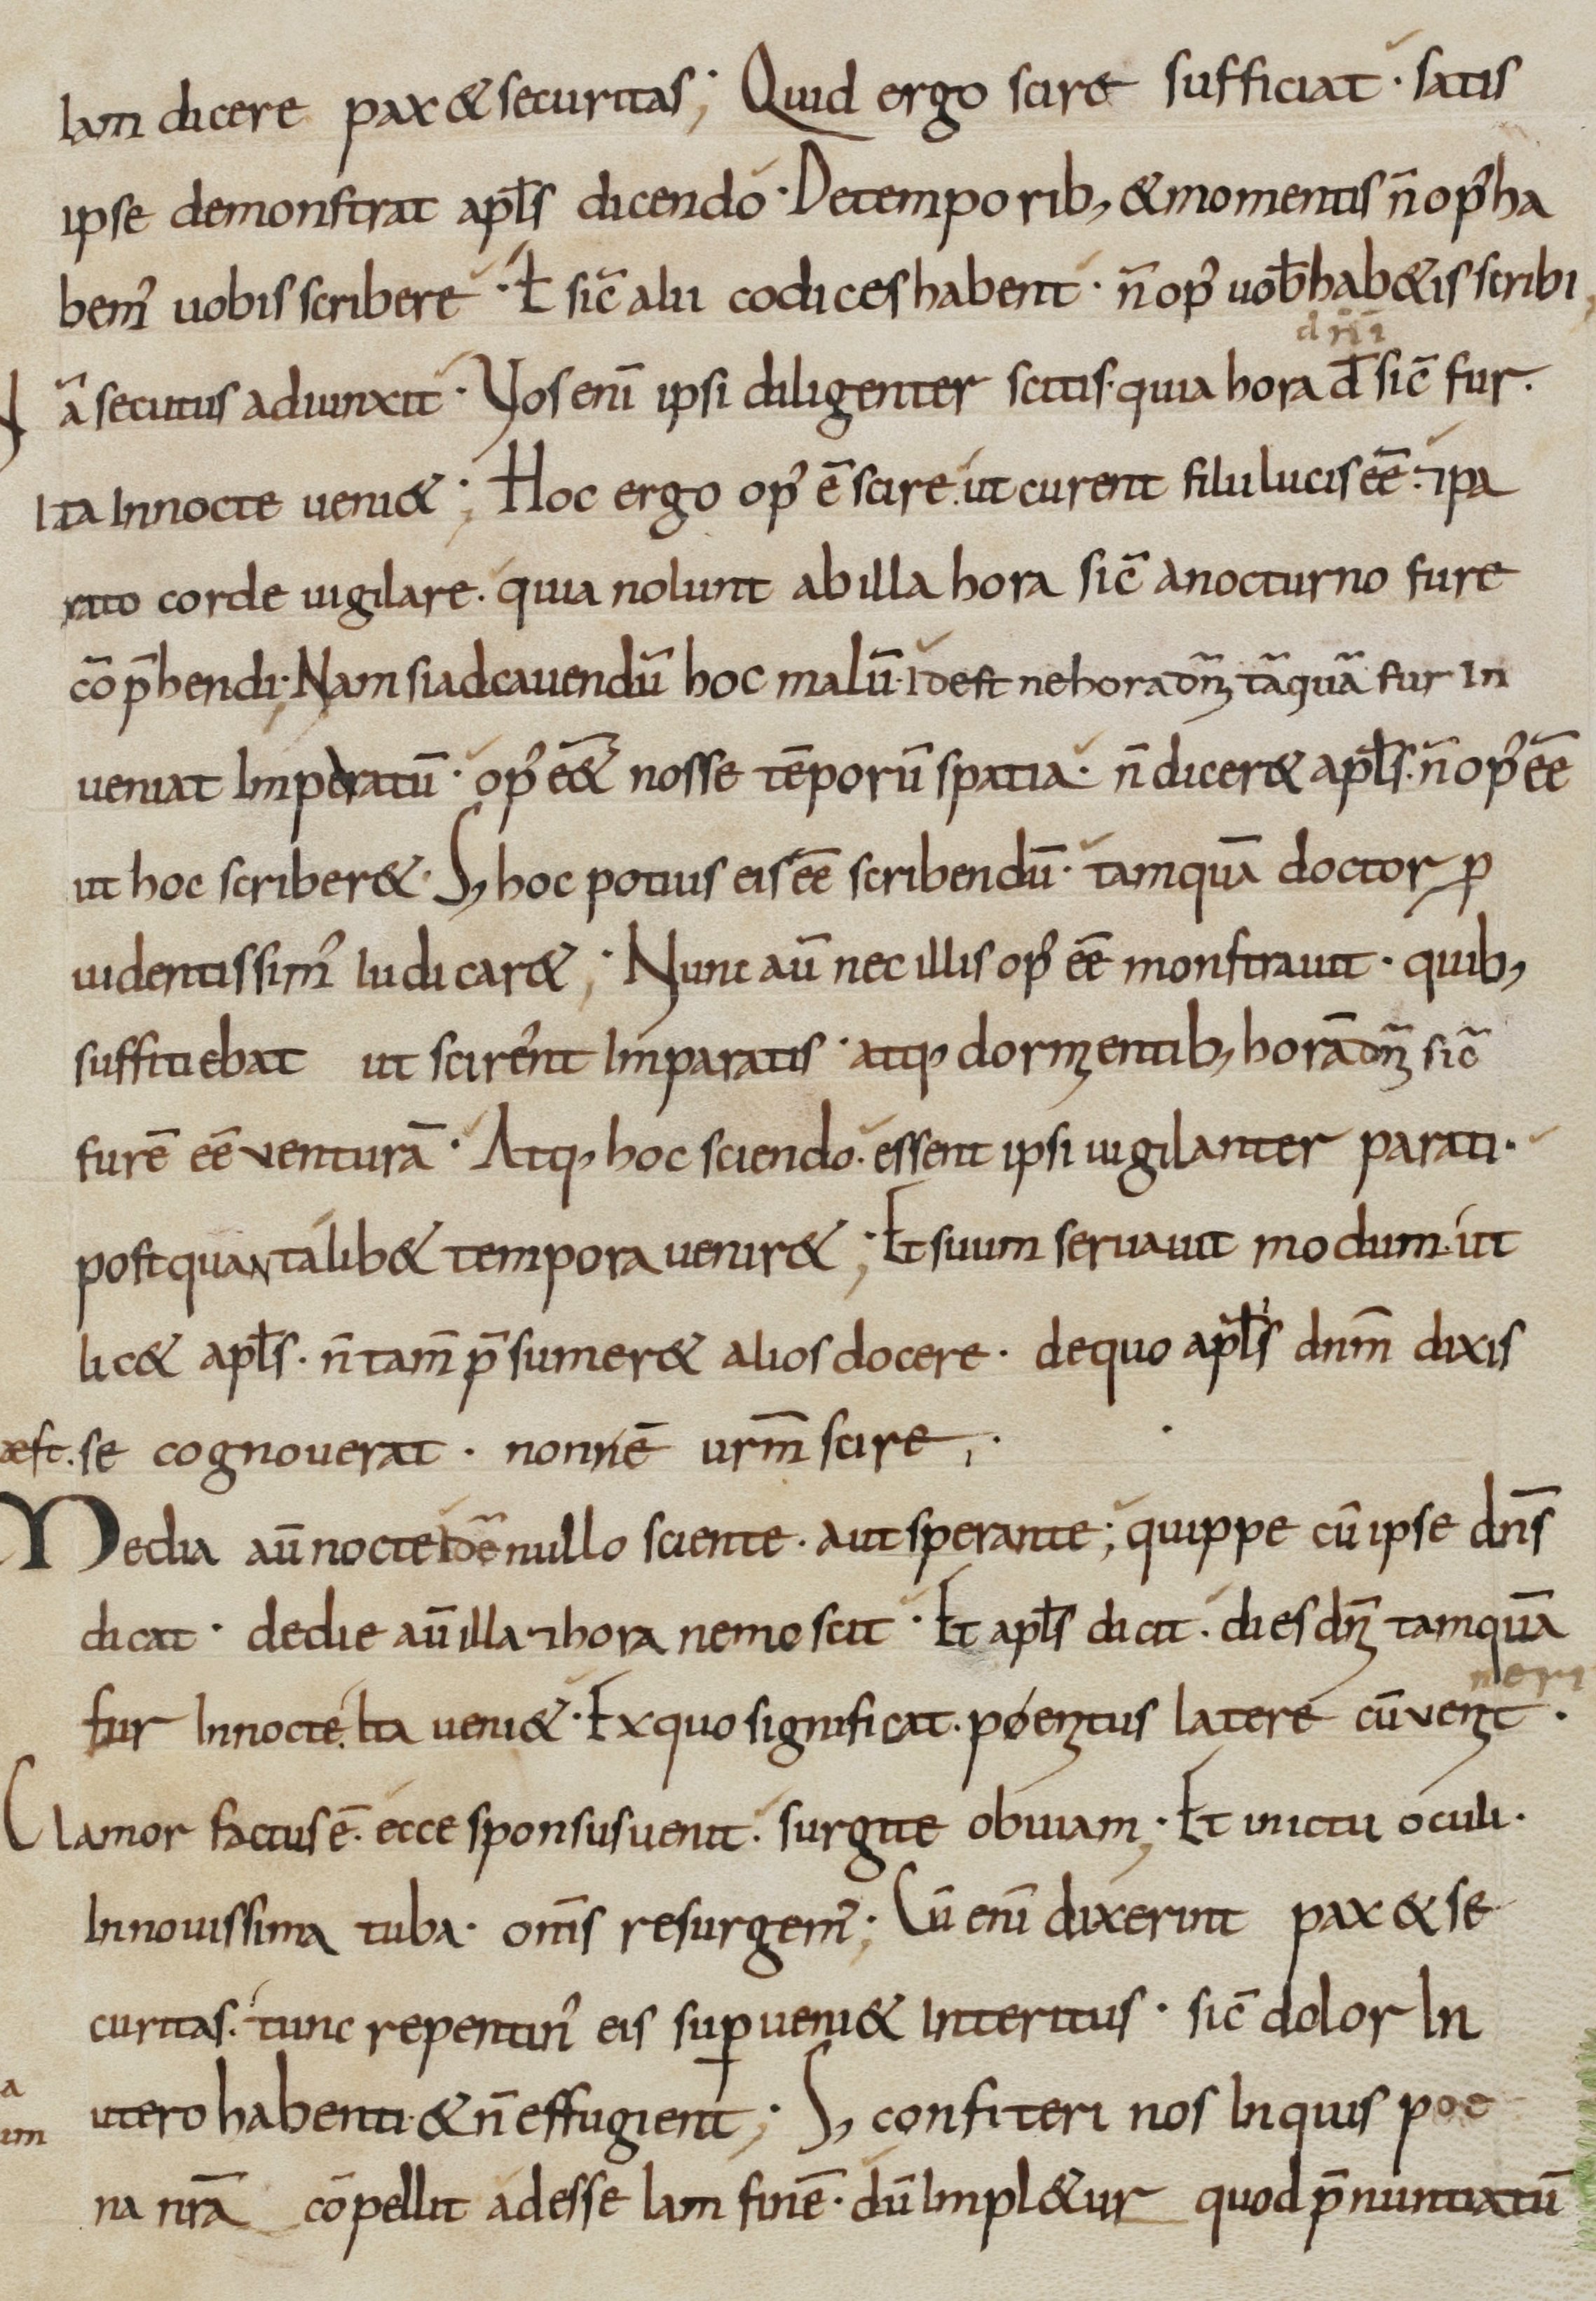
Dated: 800–899